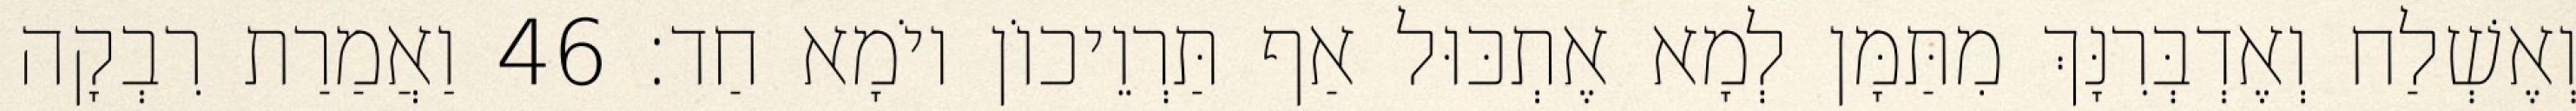
וְאֶשְׁלַח וְאֶדְבְּרִנָּךְ מִתַּמָּן לְמָא אֶתְכּוּל אַף תַּרְוֵיכוֹן יוֹמָא חַד׃ 46 וַאֲמַרַת רִבְקָה